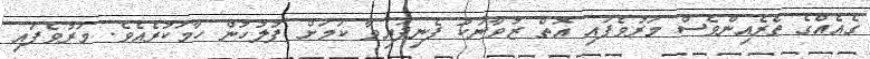
ގެއެއްގެ ތެރެއިންވެސް މަރުވެފައި އޮތް ޒުވާނަކު ފެނިފައިވާ ކަމަށް ފުލުހުން ހާމަކުރެއެވެ. މަރުވެފައި